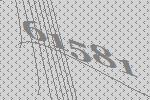
61581